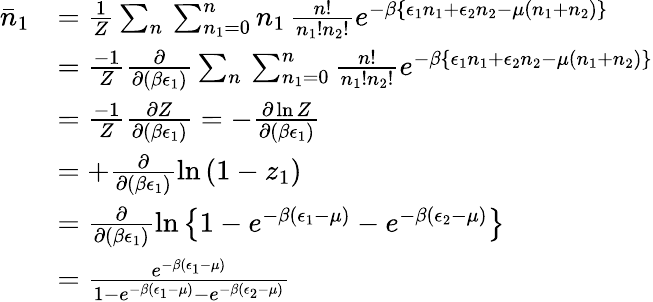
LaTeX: \begin{array}{rl}{\bar{n}_{1}}&{=\frac{1}{Z}\sum_{n}\, \sum_{n_{1}=0}^{n}n_{1}\, \frac{n!}{n_{1}!n_{2}!}e^{-\beta\left\{ \epsilon_{1}n_{1}+\epsilon_{2}n_{2}-\mu(n_{1}+n_{2})\right\} }}\\ &{=\frac{-1}{Z}\frac{\partial}{\partial(\beta\epsilon_{1})}\sum_{n}\, \sum_{n_{1}=0}^{n}\frac{n!}{n_{1}!n_{2}!}e^{-\beta\left\{ \epsilon_{1}n_{1}+\epsilon_{2}n_{2}-\mu(n_{1}+n_{2})\right\} }}\\ &{=\frac{-1}{Z}\frac{\partial Z}{\partial(\beta\epsilon_{1})}=-\frac{\partial\ln Z}{\partial(\beta\epsilon_{1})}}\\ &{=+\frac{\partial}{\partial(\beta\epsilon_{1})}\ln\left(1-z_{1}\right)}\\ &{=\frac{\partial}{\partial(\beta\epsilon_{1})}\ln\left\{ 1-e^{-\beta(\epsilon_{1}-\mu)}-e^{-\beta(\epsilon_{2}-\mu)}\right\} }\\ &{=\frac{e^{-\beta(\epsilon_{1}-\mu)}}{1-e^{-\beta(\epsilon_{1}-\mu)}-e^{-\beta(\epsilon_{2}-\mu)}}}\end{array}